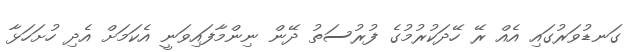
ގަނޑުވަރުގައި އެއް ރޭ ހޭދަކުރުމުގެ ފުރުސަތު ދޭން ނިންމާފައިވަނީ އެކަމަށް އެދި ހުށަހަޅާ